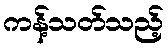
ကန့်သတ်သည့်